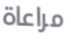
مراعاة